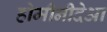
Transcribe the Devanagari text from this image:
होमीनीदेआ